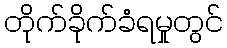
တိုက်ခိုက်ခံရမှုတွင်